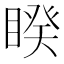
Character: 睽